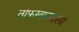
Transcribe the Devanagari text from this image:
तोफखान्याला